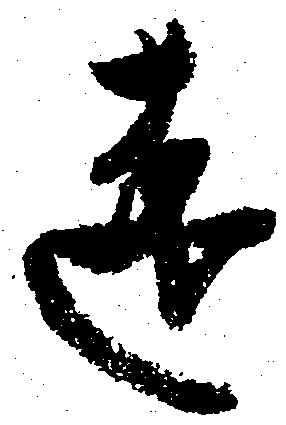
遠